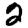
Digit: 2